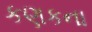
કણકના